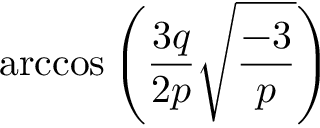
\operatorname { a r c c o s } \left( { \frac { 3 q } { 2 p } } { \sqrt { \frac { - 3 } { p } } } \right)